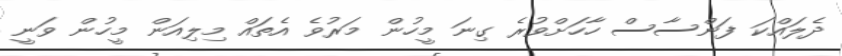
ދެލައްކަ ފަންސާސް ހާހަށްވުރެ ގިނަ މީހުން މަރުވެ އެތައް މިލިއަން މީހުން ވަނީ